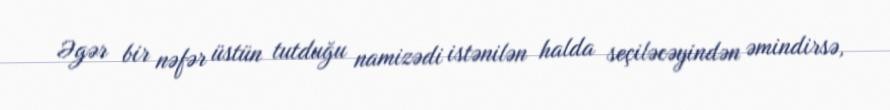
Əgər bir nəfər üstün tutduğu namizədi istənilən halda seçiləcəyindən əmindirsə,